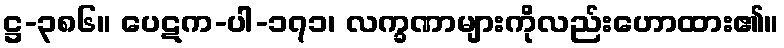
ဋ္ဌ-၃၈၆။ ပေဋက-ပါ-၁၇၁၊ လက္ခဏာများကိုလည်းဟောထား၏။